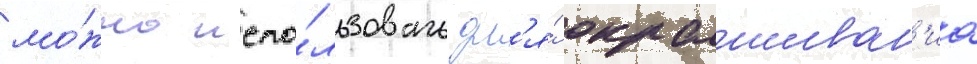
мо́жно испо́льзовать дл'я́ окрашиван'иа